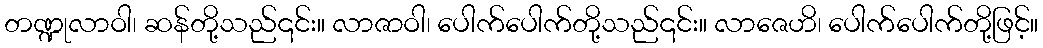
တဏ္ဍုလာဝါ၊ ဆန်တို့သည်၎င်း။ လာဇာဝါ၊ ပေါက်ပေါက်တို့သည်၎င်း။ လာဇေဟိ၊ ပေါက်ပေါက်တို့ဖြင့်။